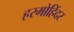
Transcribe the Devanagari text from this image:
हरमोहिंदर